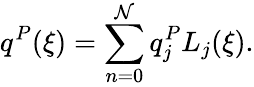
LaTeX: q^{P}(\xi)=\sum_{n=0}^{\mathcal{N}}q_{j}^{P}L_{j}(\xi).